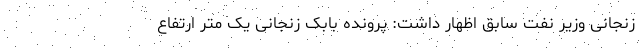
زنجانی وزیر نفت سابق اظهار داشت: پرونده بابک زنجانی یک متر ارتفاع